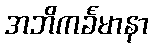
အဘိကင်္ခမာနာ